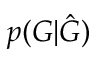
p ( G | \hat { G } )